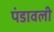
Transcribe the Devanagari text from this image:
पंडावली